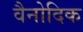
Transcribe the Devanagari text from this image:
वैनोदिक